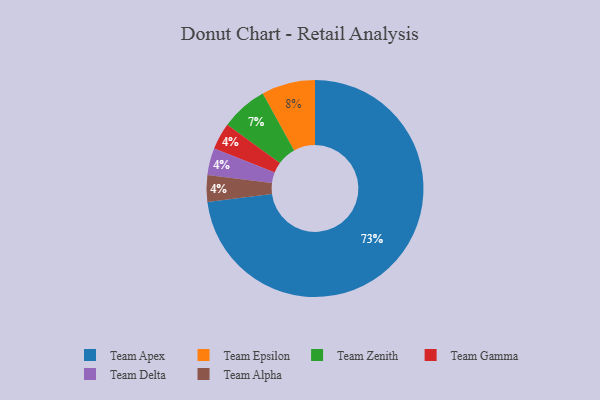
{"axis": {"x": "Category", "y": "Percentage"}, "legend": ["Team Alpha", "Team Apex", "Team Delta", "Team Epsilon", "Team Gamma", "Team Zenith"], "data": [{"x": "Team Gamma", "y": 4, "type": "Team Gamma"}, {"x": "Team Delta", "y": 4, "type": "Team Delta"}, {"x": "Team Apex", "y": 73, "type": "Team Apex"}, {"x": "Team Zenith", "y": 7, "type": "Team Zenith"}, {"x": "Team Epsilon", "y": 8, "type": "Team Epsilon"}, {"x": "Team Alpha", "y": 4, "type": "Team Alpha"}]}